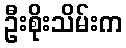
ဦးစိုးသိမ်းက